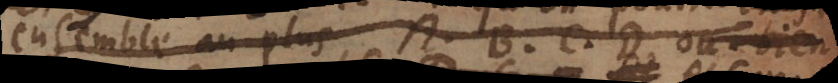
ensemble au plus, A, B, C, D. ou bien